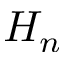
H _ { n }